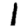
Digit: 1